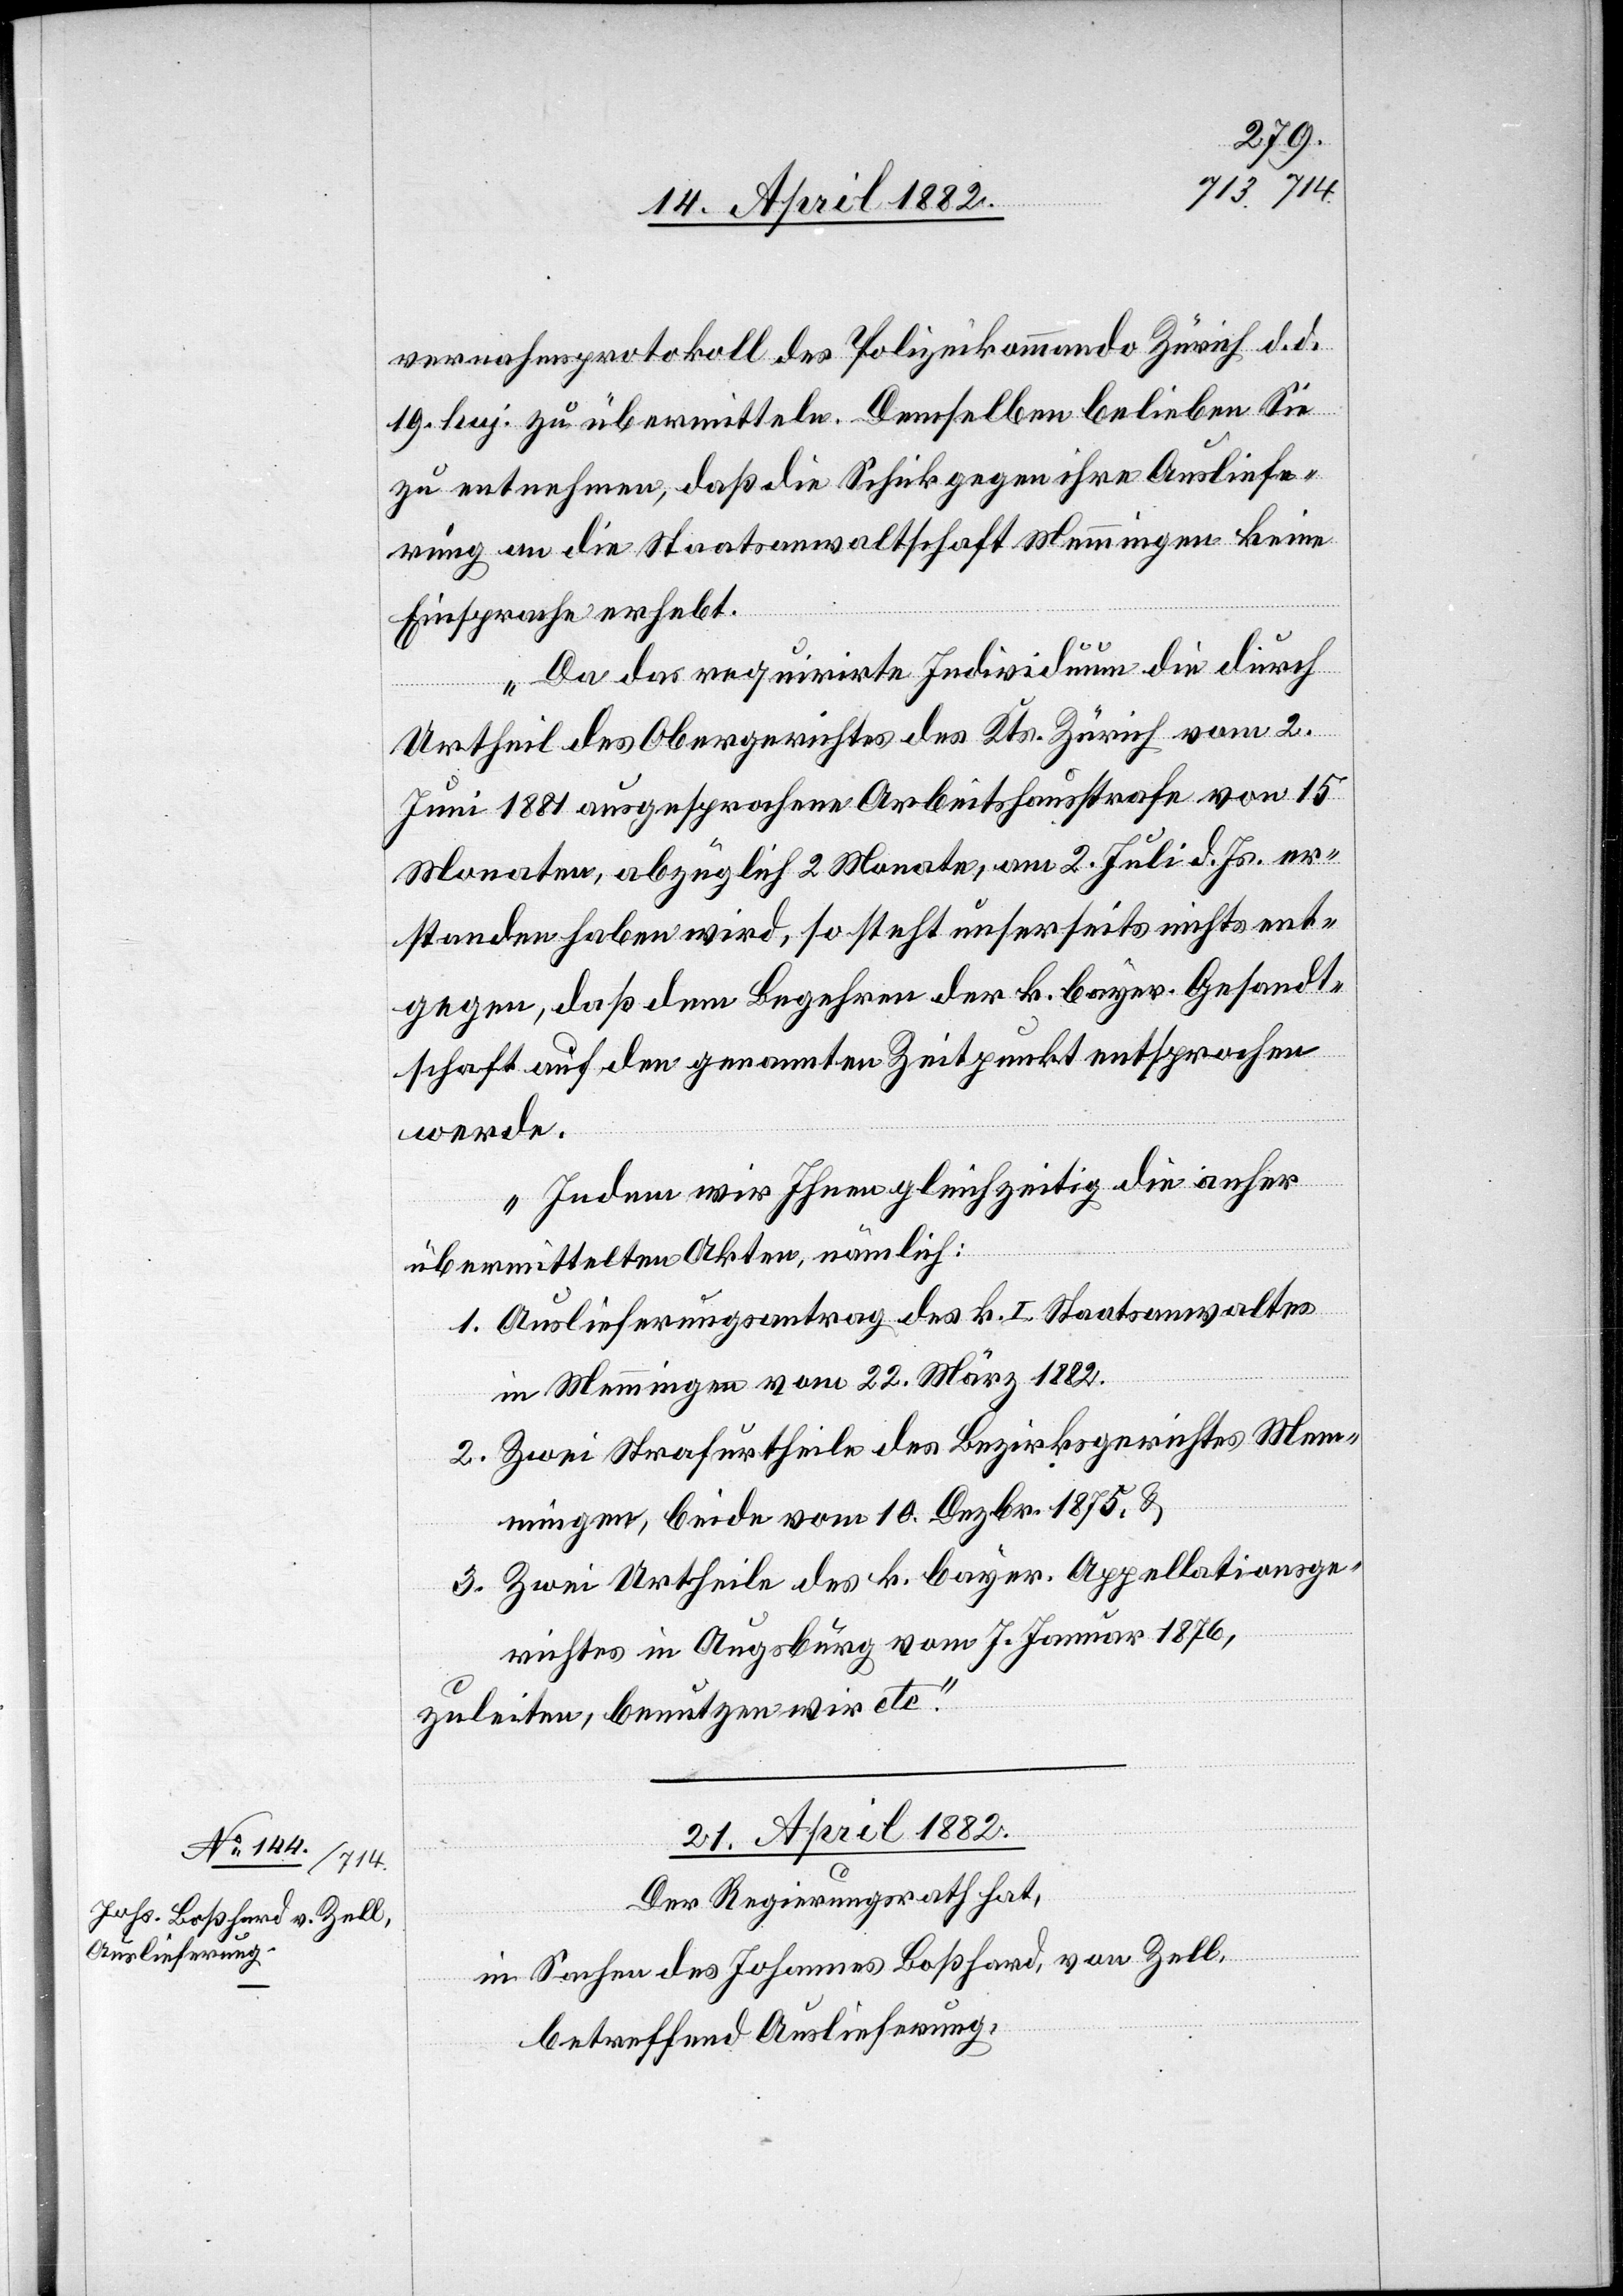
vernahmsprotokoll des Polizeikommando Zürich d. d.
19. huj. zu übermitteln. Demselben belieben Sie
zu entnehmen, daß die Schick gegen ihre Ausliefe¬
rung an die Staatsanwaltschaft Memmingen keine
Einsprache erhebt.
Da das requirirte Individuum die durch
Urtheil des Obergerichtes des Kts. Zürich vom 2.
Juni 1881 ausgesprochene Arbeitshausstrafe von 15
Monaten, abzüglich 2 Monate, am 2. Juli d. Js. er¬
standen haben wird, so steht unserseits nichts ent¬
gegen, daß dem Begehren der k. bayer. Gesandt¬
schaft auf den genannten Zeitpunkt entsprochen
werde.
Indem wir Ihnen gleichzeitig die anher
übermittelten Akten, nämlich:
Auslieferungsantrag des k. I. Staatsanwaltes
in Memmingen vom 22. März 1882.
Zwei Strafurtheile des Bezirksgerichtes Me¬
mmingen, beide vom 10. Dezbr. 1875, &
Zwei Urtheile des k. bayer. Appellationsge¬
richtes in Augsburg vom 7. Januar 1876,
zuleiten, benutzen wir etc.“
21. April 1882.
Der Regierungsrath hat,
in Sachen des Johannes Boßhard, von Zell,
betreffend Auslieferung,